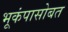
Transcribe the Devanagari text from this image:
भूकंपासोबत